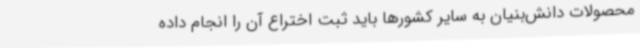
محصولات دانش‌بنیان به سایر کشورها باید ثبت اختراع آن را انجام داده